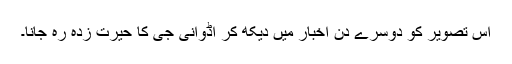
اس تصویر کو دوسرے دن اخبار میں دیکھ کر اڈوانی جی کا حیرت زدہ رہ جانا۔